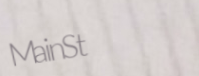
MainSt